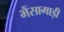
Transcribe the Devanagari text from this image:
भैंसागाड़ी